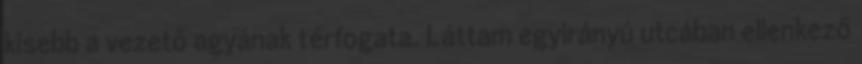
kisebb a vezető agyának térfogata. Láttam egyirányú utcában ellenkező